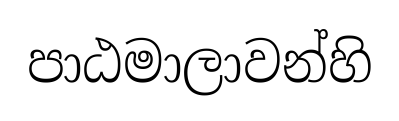
පාඨමාලාවන්හි